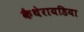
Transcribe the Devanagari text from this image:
कैथेरायडिया